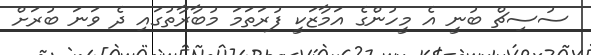
ސުސިޗް ބުނީ އެ މީހުންގެ އަމާޒަކީ ފުރަތަމަ މުބާރާތުގައި ދެ ވަނަ ބުރަށް